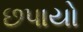
છપાયો